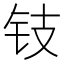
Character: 𲇱